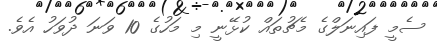
ސެމީ ފައިނަލްގެ މެޗުތައް ކުޅޭނީ މި މަހުގެ 10 ވަނަ ދުވަހު އެވެ.